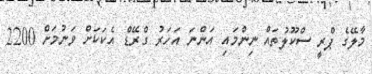
މާލޭގެ ޕްރީ ސްކޫލުތައް ނިންމައި އަންނަ އަހަރު ގްރޭޑް އެކަކަށް ވަނުމަށް 2200